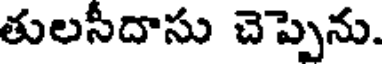
తులసీదాసు చెప్పెను.